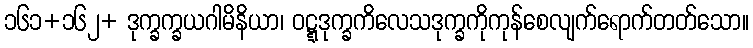
၁၆၁+၁၆၂+ ဒုက္ခက္ခယဂါမိနိယာ၊ ဝဋ္ဋဒုက္ခကိလေသဒုက္ခကိုကုန်စေလျက်ရောက်တတ်သော။